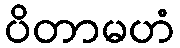
ပိတာမဟံ